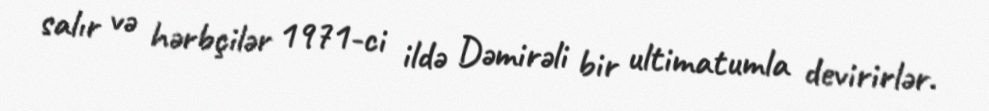
salır və hərbçilər 1971-ci ildə Dəmirəli bir ultimatumla devirirlər.